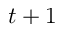
t + 1